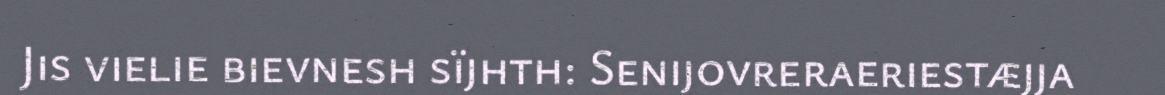
Jis vielie bievnesh sïjhth: Senijovreraeriestæjja